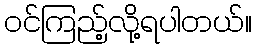
ဝင်ကြည့်လို့ရပါတယ်။